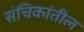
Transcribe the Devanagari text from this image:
संचिकांतील